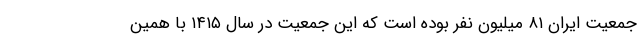
جمعیت ایران ۸۱ میلیون نفر بوده است که این جمعیت در سال ۱۴۱۵ با همین